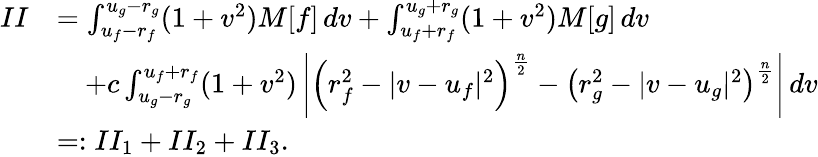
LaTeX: \begin{array}{rl}{II}&{=\int_{u_{f}-r_{f}}^{u_{g}-r_{g}}(1+v^{2})M[f]\, dv+\int_{u_{f}+r_{f}}^{u_{g}+r_{g}}(1+v^{2})M[g]\, dv}\\ &{\quad+c\int_{u_{g}-r_{g}}^{u_{f}+r_{f}}(1+v^{2})\left|\left(r_{f}^{2}-|v-u_{f}|^{2}\right)^{\frac n2}-\left(r_{g}^{2}-|v-u_{g}|^{2}\right)^{\frac n2}\right|\, dv}\\ &{=:II_{1}+II_{2}+II_{3}.}\end{array}